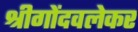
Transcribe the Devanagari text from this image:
श्रीगोंदवलेकर